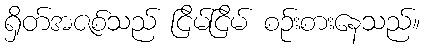
ရှိတ်အဇစ်သည် ငြိမ်ငြိမ် စဉ်းစားနေသည်။